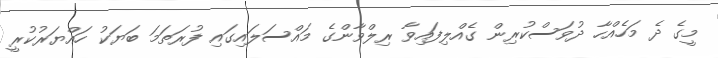
މީގެ ދެ މަހެއްހާ ދުވަސްކުރިން ގެއްލިފައިވާ ރިލްވާންގެ މައްސަލައިގައި ފުރަތަމަ ބަޔަކު ހައްޔަރުކުރީ